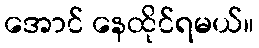
အောင် နေထိုင်ရမယ်။